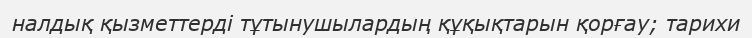
налдық қызметтерді тұтынушылардың құқықтарын қорғау; тарихи